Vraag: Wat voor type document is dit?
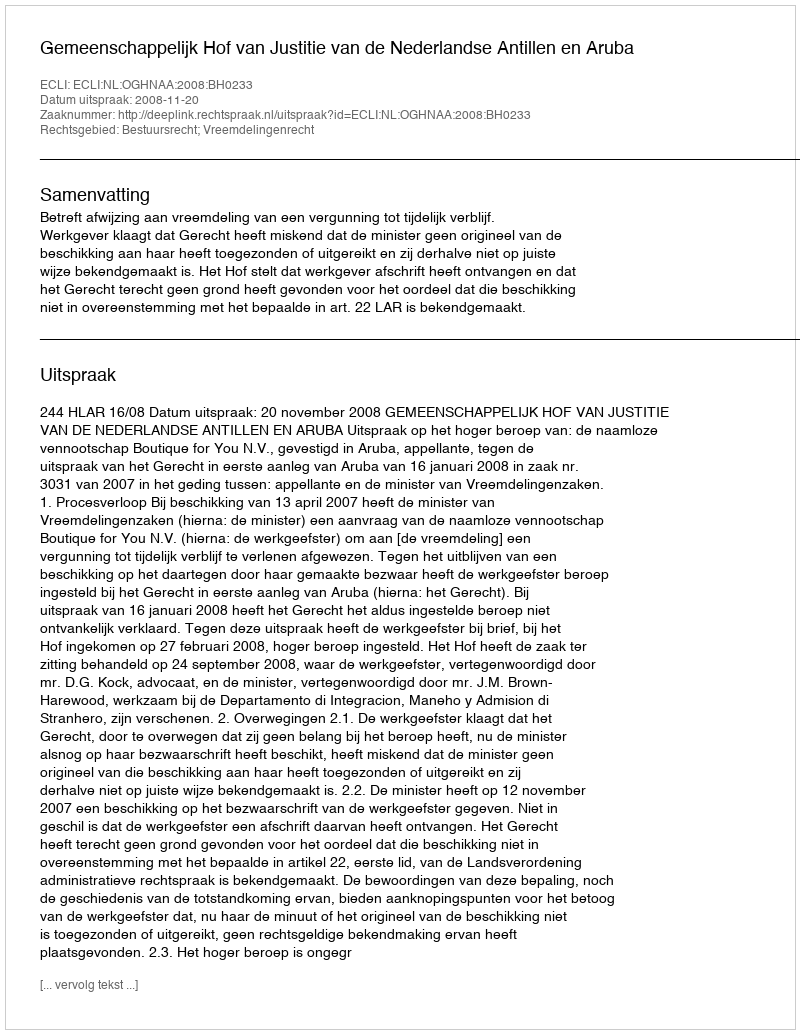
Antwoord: Uitspraak